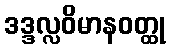
ဒဒ္ဒလ္လဝိမာနဝတ္ထု